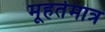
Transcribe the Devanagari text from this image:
मूहर्तमात्र